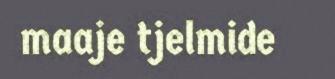
maaje tjelmide